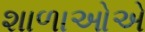
શાળાઓએ